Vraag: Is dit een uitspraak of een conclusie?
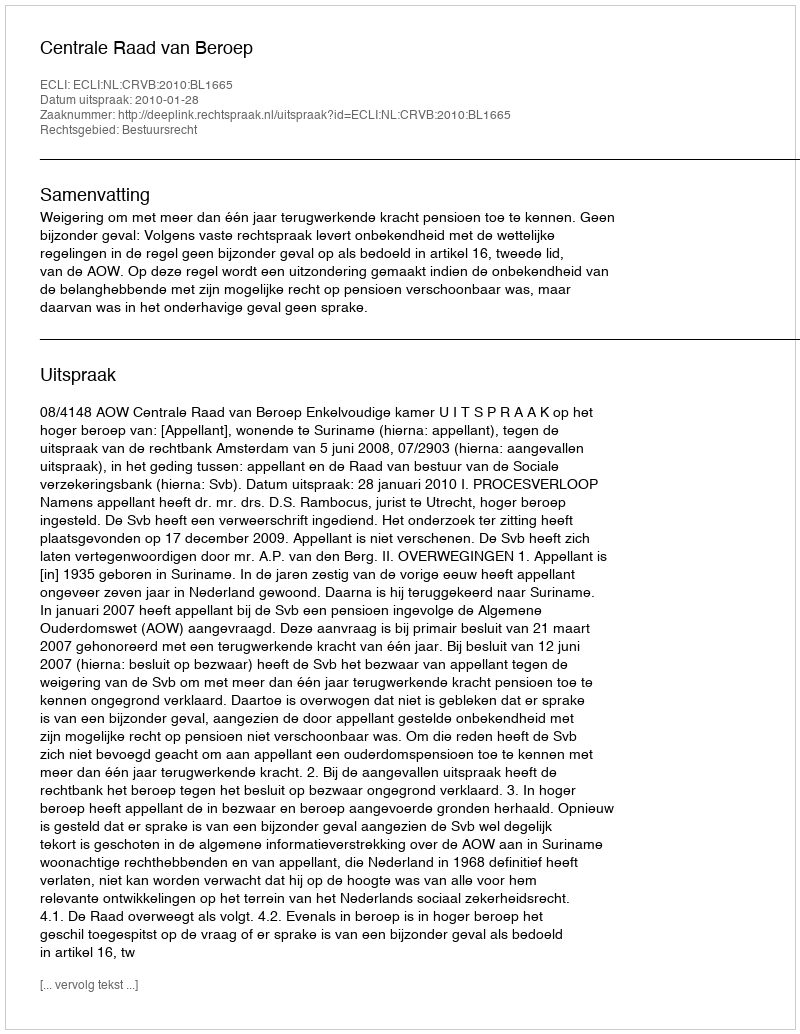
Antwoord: Uitspraak